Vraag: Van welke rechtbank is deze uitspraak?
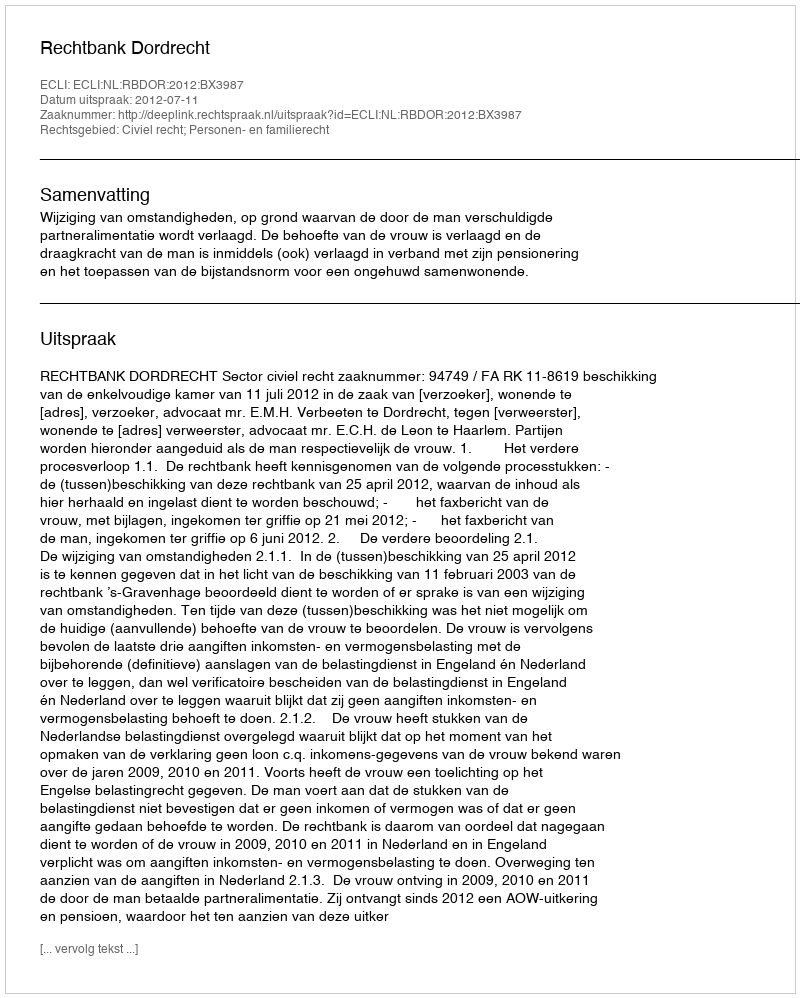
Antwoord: Rechtbank Dordrecht